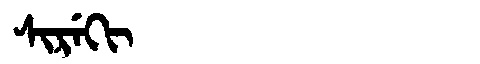
Manchu: ᠰᡳᡵᡝᡴᡳ
Romanization: SIREKI